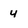
Character: 4